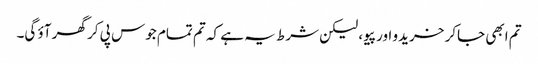
تم ابھی جاکر خریدو اور پیو، لیکن شرط یہ ہے کہ تم تمام جوس پی کر گھر آؤ گی۔